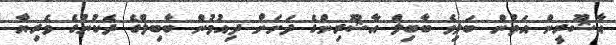
އާޝޫރީން އަތުން ބަލިވެ ބާބިލް އާޝޫރިންގެ ދަށަށް ދިއުމުން ބާބިލްގެ ދެކުނުގެ ވެރިޔާ